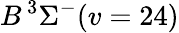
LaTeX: B\, {}^{3}\Sigma^{-}(v=24)